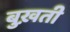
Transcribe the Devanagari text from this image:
बुख़ती